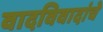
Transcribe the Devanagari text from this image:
वादविवादांचे